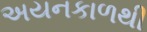
અયનકાળથી